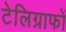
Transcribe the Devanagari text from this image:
टेलिग्राफों